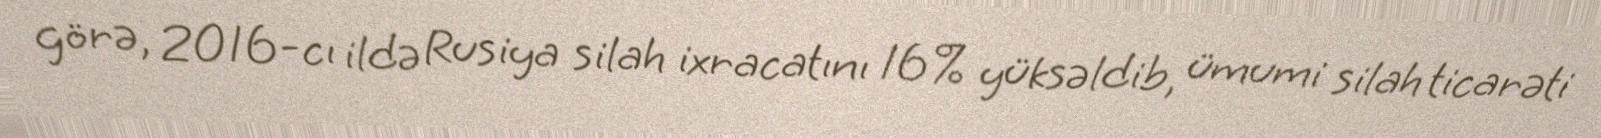
görə, 2016-cı ildə Rusiya silah ixracatını 16% yüksəldib, ümumi silah ticarəti